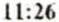
11:26